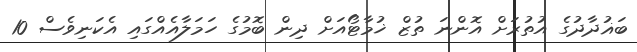
ބަޣުދާދުގެ އުތުރަށް އޮންނަ ތުޒް ޚުމާޓޯއަށް ދިން ބޮމުގެ ހަމަލާއެއްގައި އެކަނިވެސް 10